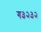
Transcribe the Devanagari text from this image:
ग३२३२